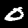
Digit: 0